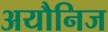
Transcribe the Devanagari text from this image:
अयौनिज